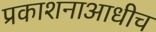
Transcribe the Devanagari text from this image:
प्रकाशनाआधीच